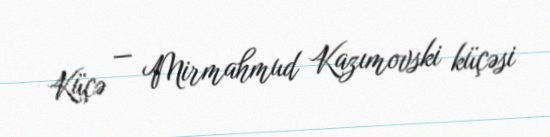
Küçə — Mirmahmud Kazımovski küçəsi